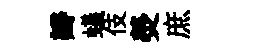
瓣蟻伎熒庶